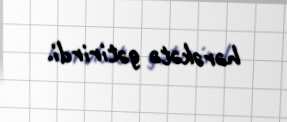
hərəkətə gətirirdi.